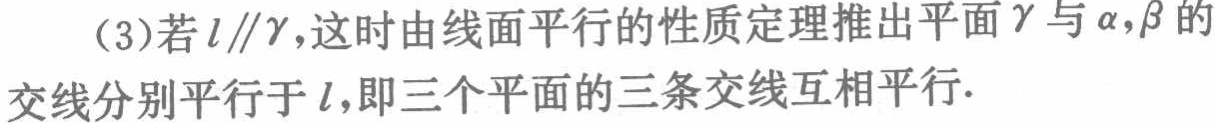
(3)若\(l\parallel\gamma\)，这时由线面平行的性质定理推出平面\(\gamma\)与\(\alpha,\beta\)的交线分别平行于\(l\)，即三个平面的三条交线互相平行.